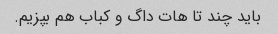
باید چند تا هات داگ و کباب هم بپزیم.